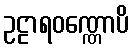
ဥဠာရဝဏ္ဏောပိ